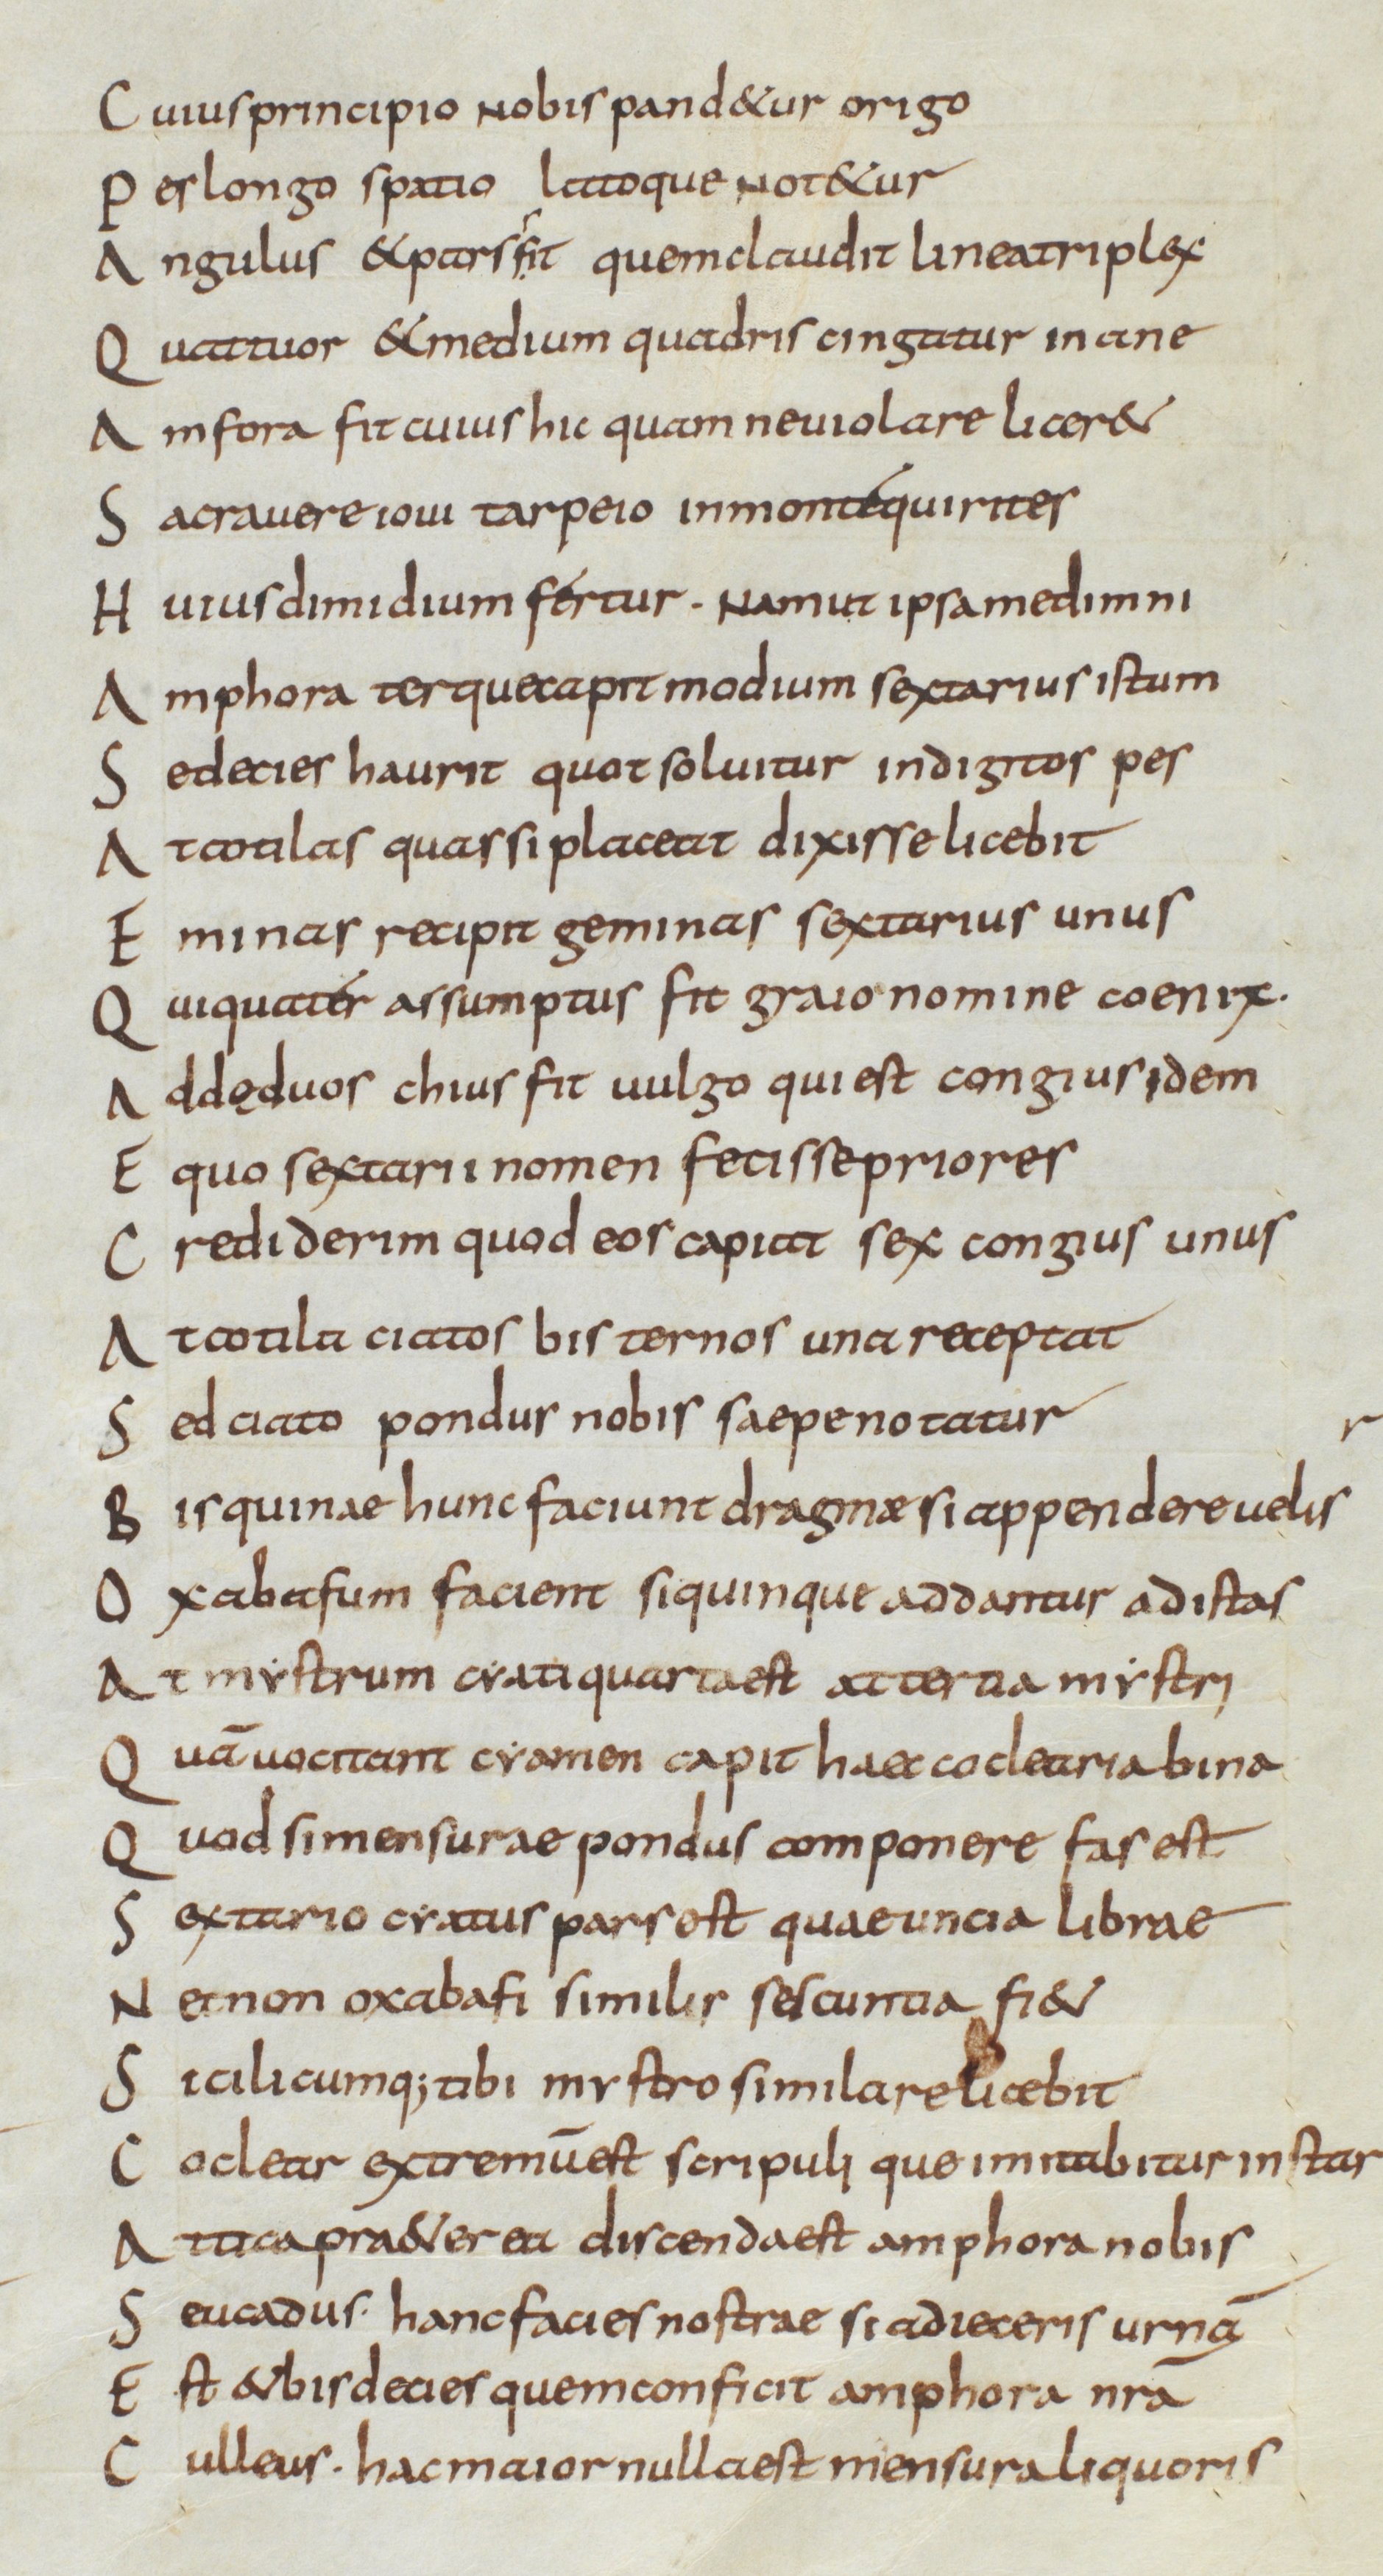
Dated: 850–899